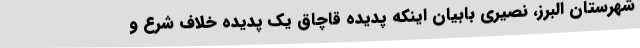
شهرستان البرز، نصیری بابیان اینکه پدیده قاچاق یک پدیده خلاف شرع و